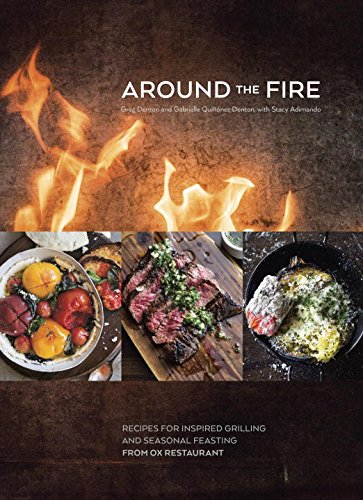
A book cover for Around the Fire: Recipes for Inspired Grilling and Seasonal Feasting from Ox Restaurant; Greg Denton; Cookbooks, Food & Wine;